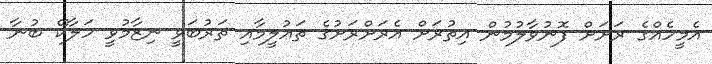
އެމީހެއްގެ ރަށަށް ފޮނުވާލުމުން އިތުރަށް އެރަށްރަށުގެ ތަޢުލީމާއި ތަރުބަވީ ނިޒާމުވީ ހަލާކޭ ބުނާ